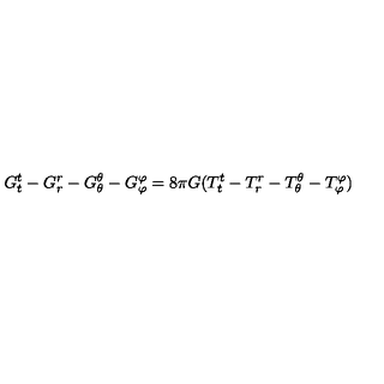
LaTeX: G _ { t } ^ { t } - G _ { r } ^ { r } - G _ { \theta } ^ { \theta } - G _ { \varphi } ^ { \varphi } = 8 \pi G ( T _ { t } ^ { t } - T _ { r } ^ { r } - T _ { \theta } ^ { \theta } - T _ { \varphi } ^ { \varphi } )